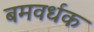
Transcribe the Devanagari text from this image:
बमवर्धक